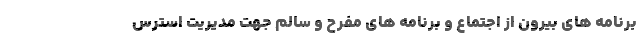
برنامه های بیرون از اجتماع و برنامه های مفرح و سالم جهت مدیریت استرس